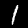
Label: 1